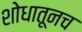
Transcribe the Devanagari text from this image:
शोधातूनच